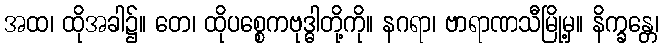
အထ၊ ထိုအခါ၌။ တေ၊ ထိုပစ္စေကဗုဒ္ဓါတို့ကို။ နဂရာ၊ ဗာရာဏသီမြို့မှ။ နိက္ခန္တေ၊